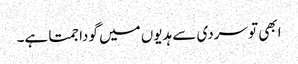
ابھی تو سردی سے ہدیوں میں گودا جمتا ہے۔